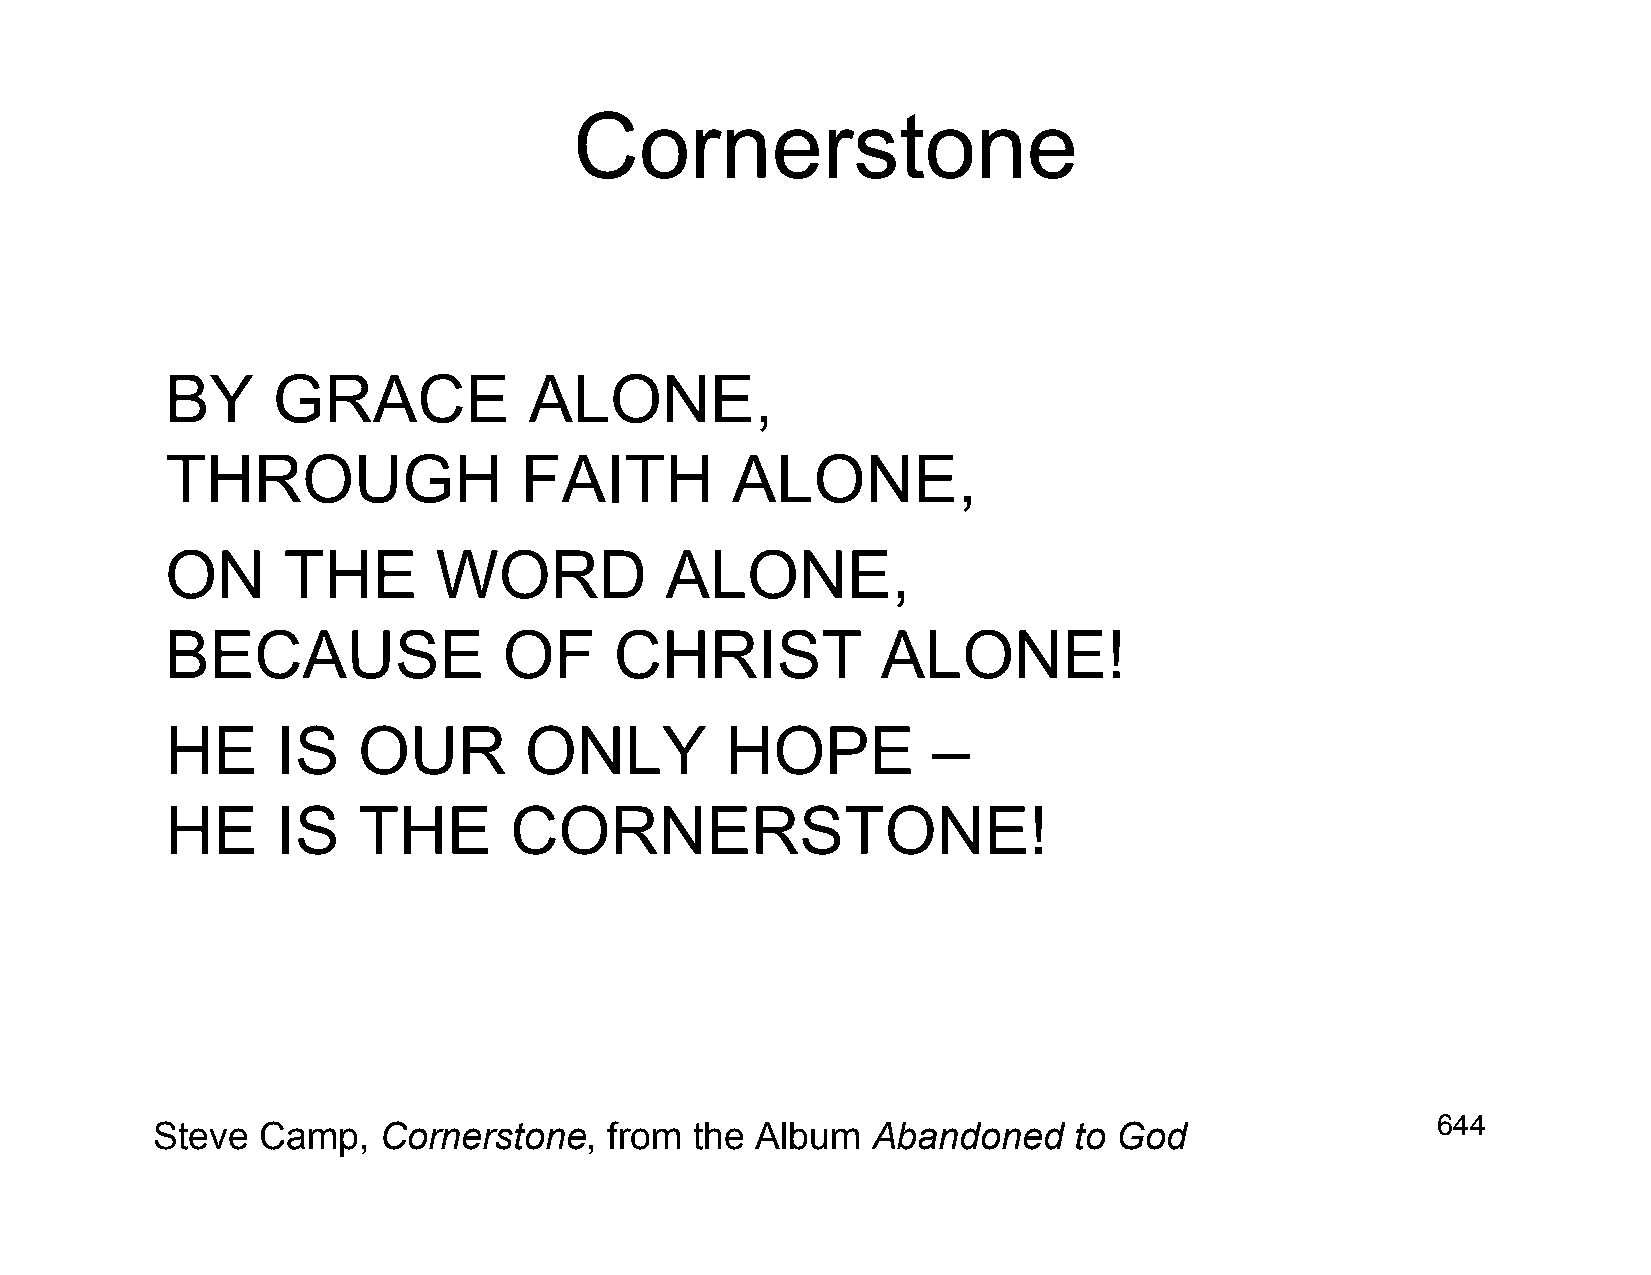
Cornerstone
 BY     GRACE            ALONE,
 THROUGH                FAITH         ALONE,
 ON      THE       WORD           ALONE,
 BECAUSE               OF      CHRIST           ALONE!
 HE     IS    OUR        ONLY         HOPE          –
 HE     IS    THE       CORNERSTONE!
 644
 Steve  Camp,   Cornerstone,   from  the Album   Abandoned    to God